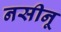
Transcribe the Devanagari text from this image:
नसीनू